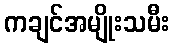
ကချင်အမျိုးသမီး